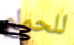
للحمام